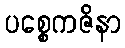
ပစ္စေကဇိနာ